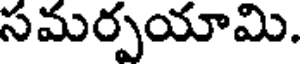
సమర్పయామి.